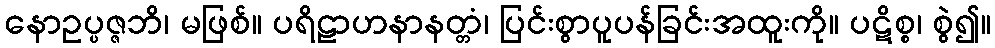
နောဥပ္ပဇ္ဇဘိ၊ မဖြစ်။ ပရိဠာဟနာနတ္တံ၊ ပြင်းစွာပူပန်ခြင်းအထူးကို။ ပဋိစ္စ၊ စွဲ၍။